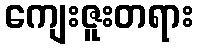
ကျေးဇူးတရား